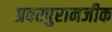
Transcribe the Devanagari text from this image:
प्रवरपुरानजीक